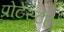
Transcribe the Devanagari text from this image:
प्रोटेस्टंटों